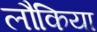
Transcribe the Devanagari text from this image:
लौकिया